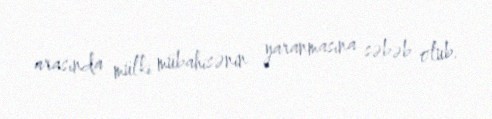
arasında mülki mübahisənin yaranmasına səbəb olub.